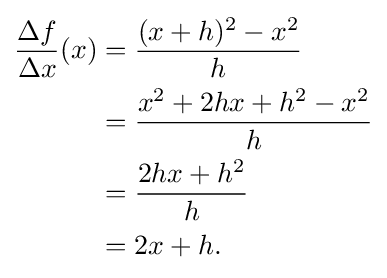
{\begin{aligned}{\frac {\Delta f}{\Delta x}}(x)&={(x+h)^{2}-x^{2} \over {h}}\\&={x^{2}+2hx+h^{2}-x^{2} \over {h}}\\&={2hx+h^{2} \over {h}}\\&=2x+h.\end{aligned}}